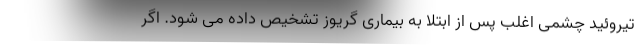
تیروئید چشمی اغلب پس از ابتلا به بیماری گریوز تشخیص داده می شود. اگر